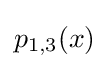
p_{1,3}(x)